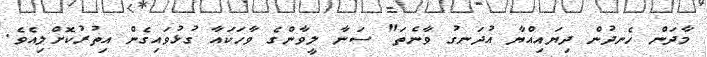
މާދަން ހެނދުން ދިޔައިއްޔާ އުދަނގު ވާނެތަ" ސަނާ ލީވާންގެ ވާހަކައާ ގުޅުވައިގެން އިތުރުކޮށްލިއެވެ.